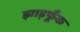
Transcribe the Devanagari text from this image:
झाड़फूँक